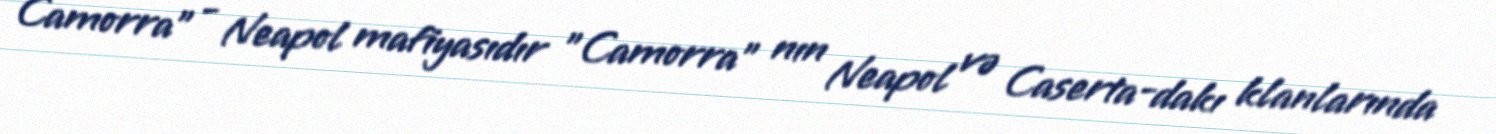
Camorra" - Neapol mafiyasıdır "Camorra" nın Neapol və Caserta-dakı klanlarında